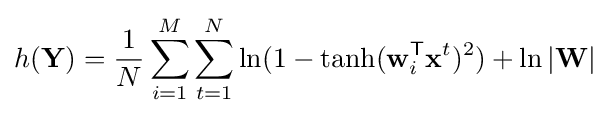
h(\mathbf {Y} )={\frac {1}{N}}\sum _{i=1}^{M}\sum _{t=1}^{N}\ln(1-\tanh(\mathbf {w} _{i}^{\mathsf {T}}\mathbf {x} ^{t})^{2})+\ln |\mathbf {W} |